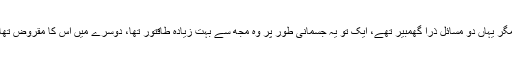
مگر یہاں دو مسائل ذرا گھمبیر تھے، ایک تو یہ جسمانی طور پر وہ مجھ سے بہت زیادہ طاقتور تھا، دوسرے میں اس کا مقروض تھا۔